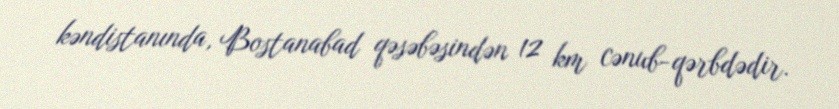
kəndistanında, Bostanabad qəsəbəsindən 12 km cənub-qərbdədir.